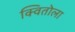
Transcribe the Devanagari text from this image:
क्वितोला